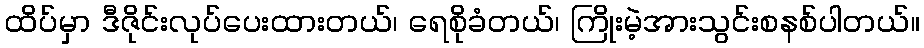
ထိပ်မှာ ဒီဇိုင်းလုပ်ပေးထားတယ်၊ ရေစိုခံတယ်၊ ကြိုးမဲ့အားသွင်းစနစ်ပါတယ်။